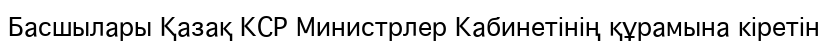
Басшылары Қазақ КСР Министрлер Кабинетінің құрамына кіретін